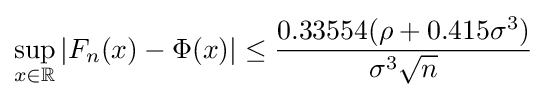
\sup _{x\in \mathbb {R} }\left|F_{n}(x)-\Phi (x)\right|\leq {0.33554(\rho +0.415\sigma ^{3}) \over \sigma ^{3}{\sqrt {n}}}